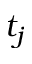
t _ { j }